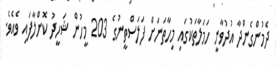
ދެމުންގެންދާ އުދުވާނީ ހަމަލާތަކުގައި މިހާތަނަށް ފަލަސްތީނުގެ 203 މީހުން ޝަހީދު ކޮށްލާފައި ވެއެވެ.